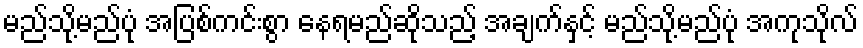
မည်သို့မည်ပုံ အပြစ်ကင်းစွာ နေရမည်ဆိုသည့် အချက်နှင့် မည်သို့မည်ပုံ အကုသိုလ်